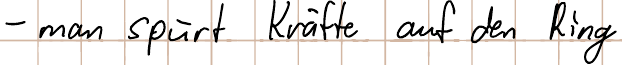
- man spürt Kräfte auf den Ring